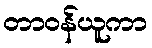
တာဝန်ယူကာ